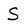
Character: S